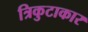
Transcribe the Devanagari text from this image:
त्रिकुटाकार